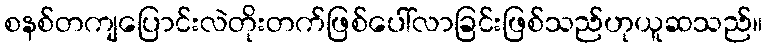
စနစ်တကျပြောင်းလဲတိုးတက်ဖြစ်ပေါ်လာခြင်းဖြစ်သည်ဟုယူဆသည်။